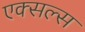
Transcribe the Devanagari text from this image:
एक्सल्स